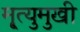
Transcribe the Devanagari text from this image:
मृ्त्युमुखी